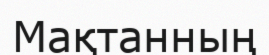
Мақтанның